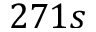
2 7 1 s